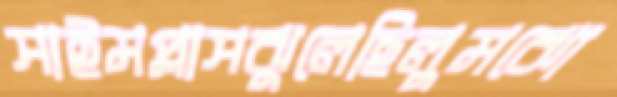
সাইমপ্লাসঝুলেছিলুমঝো